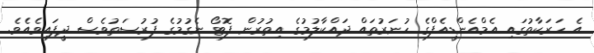
އެ ހަރަކާތުގައި އެމްއެންޑީއެފްގެ ހުނަރުތައް ދައްކާލުމުގެ އިތުރުން ފޮޓޯ ނެގުމުގެ ފުރުސަތުވެސް ދީފައިވެއެވެ.